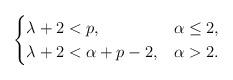
LaTeX: \begin{align*}\begin{cases}\lambda +2 < p , & \alpha\leq 2 , \\\lambda +2 < \alpha+p-2, & \alpha > 2 .\end{cases}\end{align*}